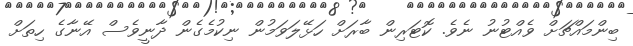
ބިންމައްޗަށް ވެއްޓުނު ނެވެ. ކޮޓަރިން ބާރަށް ހަޅޭލަވަމުން ނިކުމެގެން ދާނީވެސް އޭނާގެ ހިތަށް